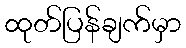
ထုတ်ပြန်ချက်မှာ